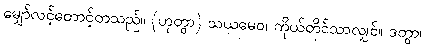
မျှော်လင့်တောင့်တသည်။ (ဟုတွာ) သယမေဝ၊ ကိုယ်တိုင်သာလျှင်။ ဒတွာ၊